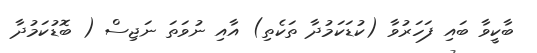
ބާކީވާ ބައި ފަހަރުވާ (ކުޑަކަމުދާ ތަކެތި) އާއި ނުވަތަ ނަޖިސް ( ބޮޑުކަމުދާ